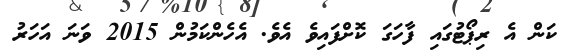
ކަން އެ ރިޕޯޓުގައި ފާހަގަ ކޮށްފައިވެ އެވެ. އެހެންކަމުން 2015 ވަނަ އަހަރު